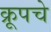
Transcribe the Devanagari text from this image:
क्रूपचे